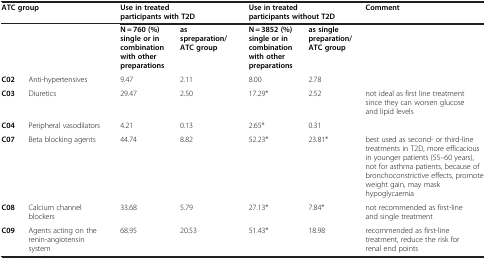
<table><thead><tr><td colspan="2"><b>ATC group</b></td><td colspan="2"><b>Use in treated participants with T2D</b></td><td colspan="2"><b>Use in treated participants without T2D</b></td><td><b>Comment</b></td></tr></thead><tbody><tr><td> </td><td> </td><td><b>N = 760 (%) single or in combination with other preparations</b></td><td><b>as spreparation/ATC group</b></td><td><b>N = 3852 (%) single or in combination with other preparations</b></td><td><b>as single preparation/ATC group</b></td><td> </td></tr><tr><td><b>C02</b></td><td>Anti-hypertensives</td><td>9.47</td><td>2.11</td><td>8.00</td><td>2.78</td><td> </td></tr><tr><td><b>C03</b></td><td>Diuretics</td><td>29.47</td><td>2.50</td><td>17.29*</td><td>2.52</td><td>not ideal as first line treatment since they can worsen glucose and lipid levels</td></tr><tr><td><b>C04</b></td><td>Peripheral vasodilators</td><td>4.21</td><td>0.13</td><td>2.65*</td><td>0.31</td><td> </td></tr><tr><td><b>C07</b></td><td>Beta blocking agents</td><td>44.74</td><td>8.82</td><td>52.23*</td><td>23.81*</td><td>best used as second- or third-line treatments in T2D, more efficacious in younger patients (55–60 years), not for asthma patients, because of bronchoconstrictive effects, promote weight gain, may mask hypoglycaemia</td></tr><tr><td><b>C08</b></td><td>Calcium channel blockers</td><td>33.68</td><td>5.79</td><td>27.13*</td><td>7.84*</td><td>not recommended as first-line and single treatment</td></tr><tr><td><b>C09</b></td><td>Agents acting on the renin-angiotensin system</td><td>68.95</td><td>20.53</td><td>51.43*</td><td>18.98</td><td>recommended as first-line treatment, reduce the risk for renal end points</td></tr></tbody></table>